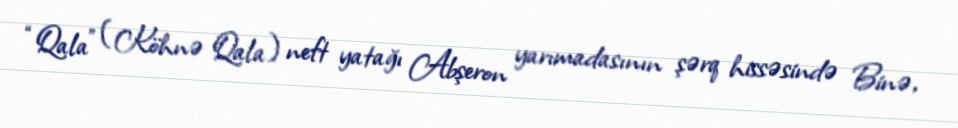
“Qala” (Köhnə Qala) neft yatağı Abşeron yarımadasının şərq hissəsində Binə,